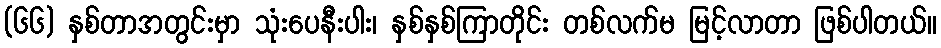
(၆၆) နှစ်တာအတွင်းမှာ သုံးပေနီးပါး၊ နှစ်နှစ်ကြာတိုင်း တစ်လက်မ မြင့်လာတာ ဖြစ်ပါတယ်။